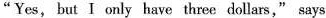
"Yes, but I only have three dollars," says